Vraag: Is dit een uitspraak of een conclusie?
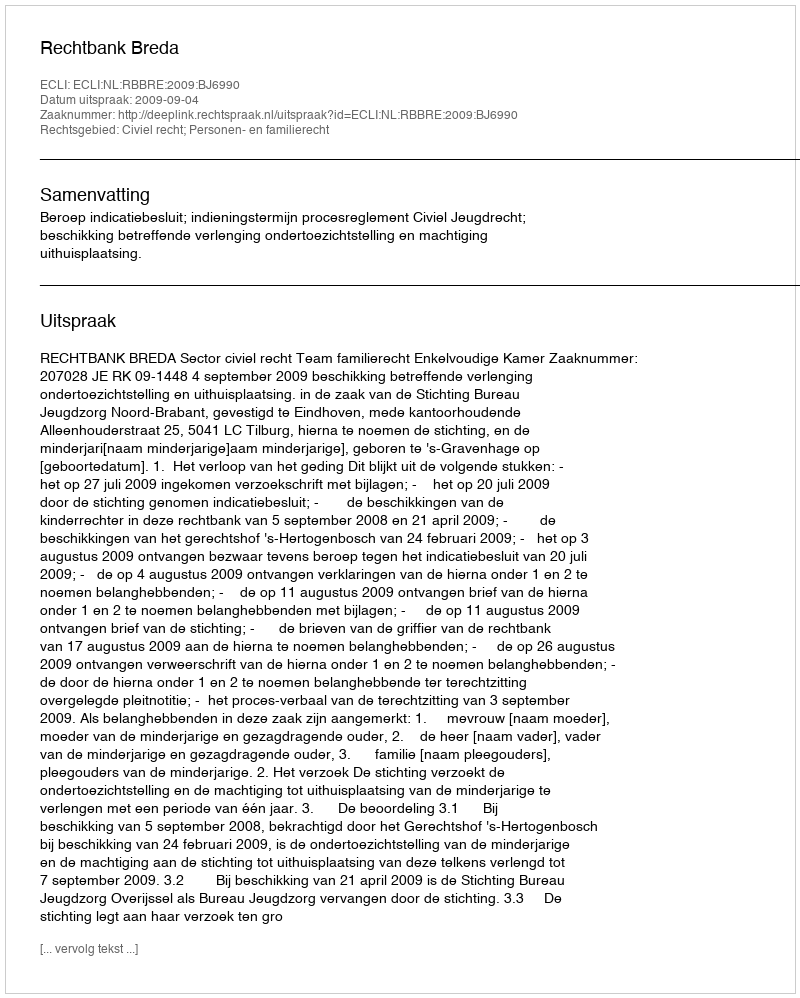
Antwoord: Uitspraak